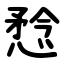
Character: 㥤